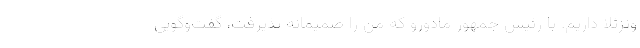
ونزئلا داریم. با رئیس جمهور مادورو که من را صمیمانه پذیرفت، گفت‌وگویی